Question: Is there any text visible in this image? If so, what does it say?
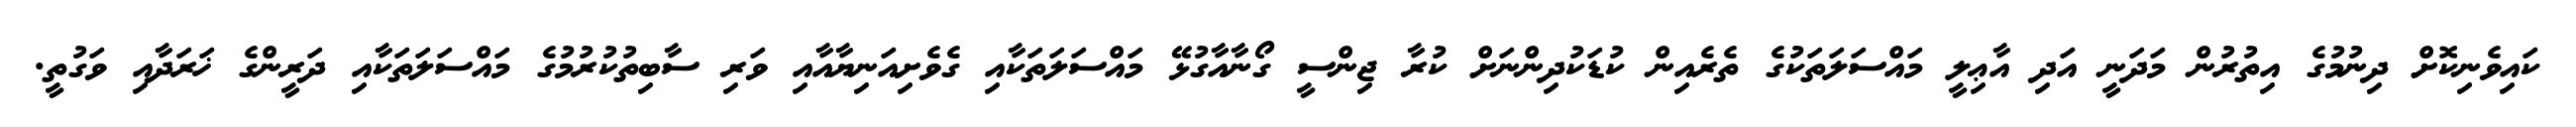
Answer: ކައިވެނިކޮށް ދިނުމުގެ އިތުރުން މަދަނީ އަދި އާޢިލީ މައްސަލަތަކުގެ ތެރެއިން ކުޑަކުދިންނަށް ކުރާ ޖިންސީ ގޯނާއާގުޅޭ މައްސަލަތަކާއި ގެވެށިއަނިޔާއާއި ވަރި ސާބިތުކުރުމުގެ މައްސަލަތަކާއި ދަރީންގެ ޚަރަދާއި ވަގުތީ.